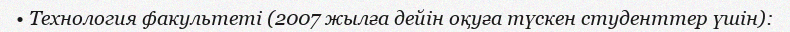
• Технология факультеті (2007 жылға дейін оқуға түскен студенттер үшін):